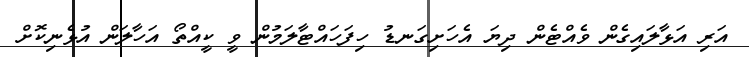
އަރި އަޅާލައިގެން ވެއްޓެން ދިޔަ އެހަށިގަނޑު ހިފަހައްޓާލަމުން ވީ ކީއްތޯ އަހާލަން އުޅެނިކޮށް